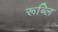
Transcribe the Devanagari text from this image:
रूब्लि